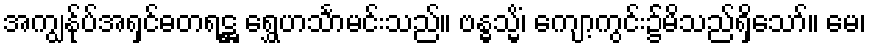
အကျွန်ုပ်အရှင်ဓတရဋ္ဌ ရွှေဟင်္သာမင်းသည်။ ဗန္ဓသ္မိံ၊ ကျော့ကွင်း၌မိသည်ရှိသော်။ မေ၊